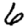
Digit: 6